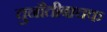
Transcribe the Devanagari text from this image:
चुनौतीबाचक